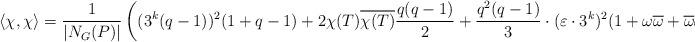
LaTeX: \begin{align*}\langle \chi,\chi\rangle=\frac{1}{|N_G(P)|}\left( (3^k(q-1))^2(1+q-1)+2\chi(T)\overline{\chi(T)}\frac{q(q-1)}{2}+\frac{q^2(q-1)}{3}\cdot(\varepsilon\cdot 3^k)^2(1+\omega\overline{\omega}+\overline{\omega}\omega)\right)=1.\end{align*}